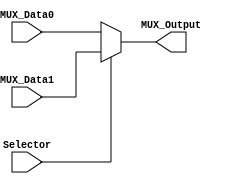
module Multiplexer2to1

(
	input Selector,
	input MUX_Data0,
	input MUX_Data1,
	
	output reg MUX_Output

);

	always@(Selector,MUX_Data1,MUX_Data0) begin
		if(Selector)
			MUX_Output = MUX_Data1;
		else
			MUX_Output = MUX_Data0;
	end

endmodule
//mux21//